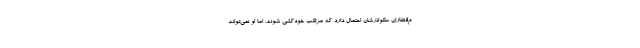
م‌قطاران سکولارشان احتمال دارد که مرتکب خودکشی شوند. اما او نمی‌تواند